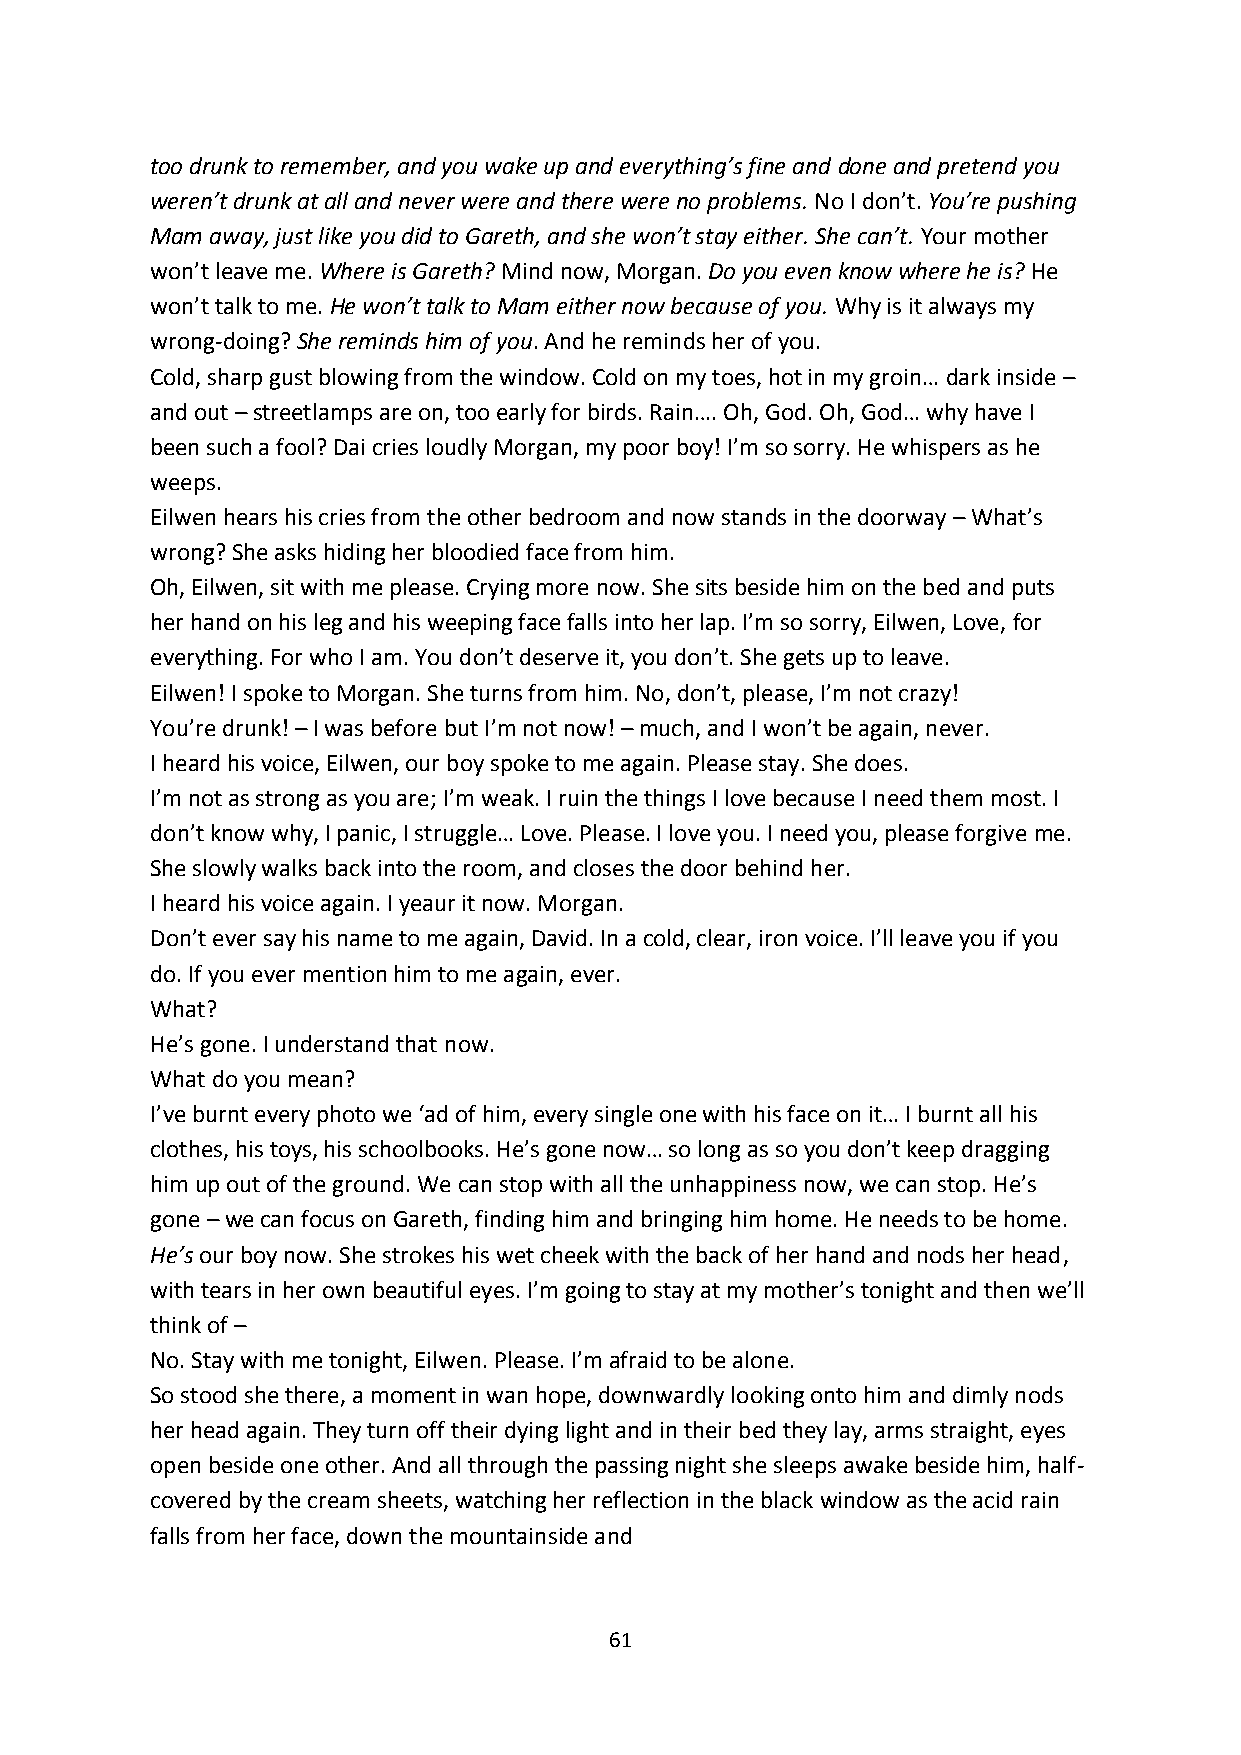
too drunk to remember, and you wake up and everything’s fine and done and pretend you
 weren’t drunk at all and never were and there were no problems. No I don’t. You’re pushing
 Mam away, just like you did to Gareth, and she won’t stay either. She can’t. Your mother
 won’t leave me. Where is Gareth? Mind now, Morgan. Do you even know where he is? He
 won’t talk to me. He won’t talk to Mam either now because of you. Why is it always my
 wrong-doing? She reminds him of you. And he reminds her of you.
 Cold, sharp gust blowing from the window. Cold on my toes, hot in my groin… dark inside –
 and out – streetlamps are on, too early for birds. Rain…. Oh, God. Oh, God… why have I
 been such a fool? Dai cries loudly Morgan, my poor boy! I’m so sorry. He whispers as he
 weeps.
 Eilwen hears his cries from the other bedroom and now stands in the doorway – What’s
 wrong? She asks hiding her bloodied face from him.
 Oh, Eilwen, sit with me please. Crying more now. She sits beside him on the bed and puts
 her hand on his leg and his weeping face falls into her lap. I’m so sorry, Eilwen, Love, for
 everything. For who I am. You don’t deserve it, you don’t. She gets up to leave.
 Eilwen! I spoke to Morgan. She turns from him. No, don’t, please, I’m not crazy!
 You’re drunk! – I was before but I’m not now! – much, and I won’t be again, never.
 I heard his voice, Eilwen, our boy spoke to me again. Please stay. She does.
 I’m not as strong as you are; I’m weak. I ruin the things I love because I need them most. I
 don’t know why, I panic, I struggle… Love. Please. I love you. I need you, please forgive me.
 She slowly walks back into the room, and closes the door behind her.
 I heard his voice again. I yeaur it now. Morgan.
 Don’t ever say his name to me again, David. In a cold, clear, iron voice. I’ll leave you if you
 do. If you ever mention him to me again, ever.
 What?
 He’s gone. I understand that now.
 What do you mean?
 I’ve burnt every photo we ‘ad of him, every single one with his face on it… I burnt all his
 clothes, his toys, his schoolbooks. He’s gone now… so long as so you don’t keep dragging
 him up out of the ground. We can stop with all the unhappiness now, we can stop. He’s
 gone – we can focus on Gareth, finding him and bringing him home. He needs to be home.
 He’s our boy now. She strokes his wet cheek with the back of her hand and nods her head,
 with tears in her own beautiful eyes. I’m going to stay at my mother’s tonight and then we’ll
 think of –
 No. Stay with me tonight, Eilwen. Please. I’m afraid to be alone.
 So stood she there, a moment in wan hope, downwardly looking onto him and dimly nods
 her head again. They turn off their dying light and in their bed they lay, arms straight, eyes
 open beside one other. And all through the passing night she sleeps awake beside him, half-
 covered by the cream sheets, watching her reflection in the black window as the acid rain
 falls from her face, down the mountainside and
 61